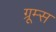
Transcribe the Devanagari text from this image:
ग्रूम्स